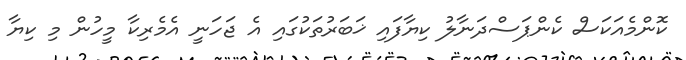
ކޮންމެއަކަސް ކެންޕަސްދަނާލު ކިޔާފައި ޚަބަރުތަކުގައި އެ ޖަހަނީ އެމެރިކާ މީހުން މި ކިޔާ